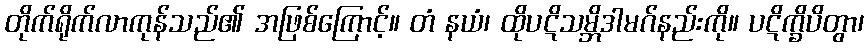
တိုက်ရိုက်လာကုန်သည်၏ အဖြစ်ကြောင့်။ တံ နယံ၊ ထိုပဋိသမ္ဘိဒါမဂ်နည်းကို။ ပဋိက္ခိပိတွာ၊